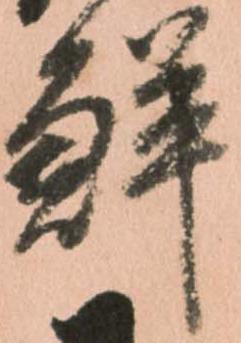
鮮